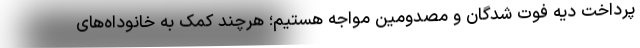
پرداخت دیه فوت شدگان و مصدومین مواجه هستیم؛ هرچند کمک‌ به خانوداه‌های